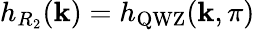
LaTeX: h_{R_{2}}(\mathbf{k})=h_{\mathrm{QWZ}}(\mathbf{k},\pi)